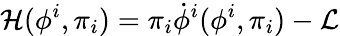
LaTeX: {\mathcal{H}}(\phi^{i},\pi_{i})=\pi_{i}{\dot{\phi}}^{i}(\phi^{i},\pi_{i})-{\mathcal{L}}